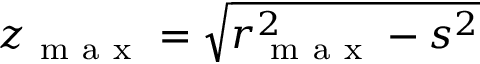
z _ { \mathrm { ~ m ~ a ~ x ~ } } = \sqrt { r _ { \mathrm { ~ m ~ a ~ x ~ } } ^ { 2 } - s ^ { 2 } }